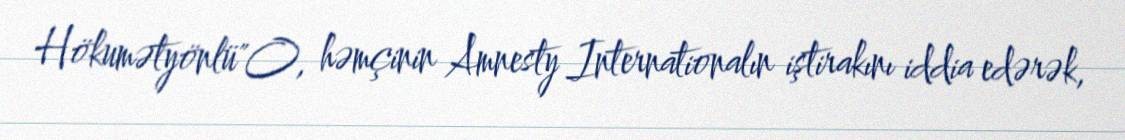
Hökumətyönlü"O, həmçinin Amnesty Internationalın iştirakını iddia edərək,